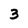
Character: 3